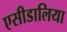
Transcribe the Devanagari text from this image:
एसीडालिया